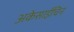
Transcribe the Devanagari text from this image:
अकेसाईचिन